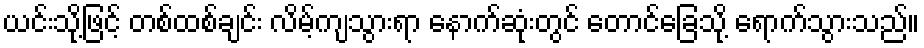
ယင်းသို့ဖြင့် တစ်ထစ်ချင်း လိမ့်ကျသွားရာ နောက်ဆုံးတွင် တောင်ခြေသို့ ရောက်သွားသည်။